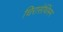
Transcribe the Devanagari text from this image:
चिरासेथिंमम